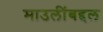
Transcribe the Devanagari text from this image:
माउलींबद्दल